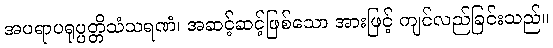
အပရာပရုပ္ပတ္တိသံသရဏံ၊ အဆင့်ဆင့်ဖြစ်သော အားဖြင့် ကျင်လည်ခြင်းသည်။